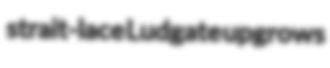
strait-lace Ludgate upgrows